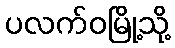
ပလက်ဝမြို့သို့